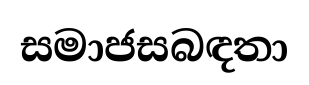
සමාජසබඳතා